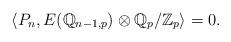
LaTeX: \begin{align*} \left\langle P_{n}, E(\mathbb{Q}_{n-1,p}) \otimes \mathbb{Q}_p/ \mathbb{Z}_p \right\rangle = 0 .\end{align*}